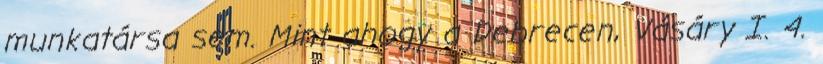
munkatársa sem. Mint ahogy a Debrecen, Vásáry I. 4.